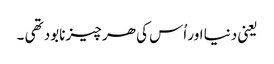
یعنی دنیا اور اُس کی ھر چیز نابود تھی ۔